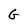
Character: G